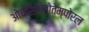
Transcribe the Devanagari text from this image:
ओच्सिपितोतेम्पोरल